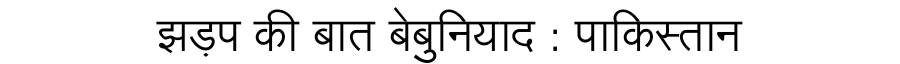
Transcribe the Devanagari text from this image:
झड़प की बात बेबुनियाद : पाकिस्तान